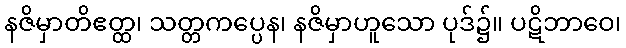
နဇိမှာတိဧတ္ထ၊ သတ္တကပ္ပေန၊ နဇိမှာဟူသော ပုဒ်၌။ ပဋိဘာဝေ၊